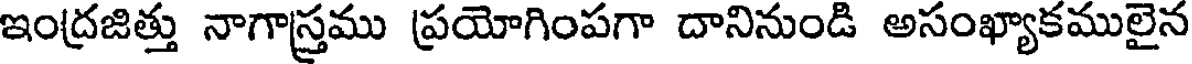
ఇంద్రజిత్తు నాగాస్త్రము ప్రయోగింపగా దానినుండి అసంఖ్యాకములైన